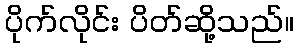
ပိုက်လိုင်း ပိတ်ဆို့သည်။